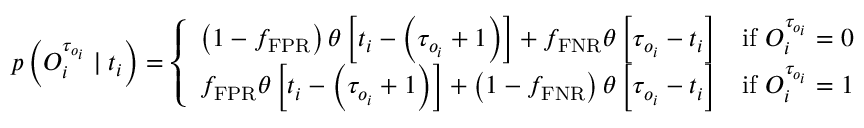
p \left( O _ { i } ^ { \tau _ { o _ { i } } } \mid t _ { i } \right) = \left\{ \begin{array} { l l } { \left( 1 - f _ { \mathrm { F P R } } \right) \theta \left[ t _ { i } - \left( \tau _ { o _ { i } } + 1 \right) \right] + f _ { \mathrm { F N R } } \theta \left[ \tau _ { o _ { i } } - t _ { i } \right] } & { \mathrm { i f ~ } O _ { i } ^ { \tau _ { o _ { i } } } = 0 } \\ { f _ { \mathrm { F P R } } \theta \left[ t _ { i } - \left( \tau _ { o _ { i } } + 1 \right) \right] + \left( 1 - f _ { \mathrm { F N R } } \right) \theta \left[ \tau _ { o _ { i } } - t _ { i } \right] } & { \mathrm { i f ~ } O _ { i } ^ { \tau _ { o _ { i } } } = 1 } \end{array} \right.